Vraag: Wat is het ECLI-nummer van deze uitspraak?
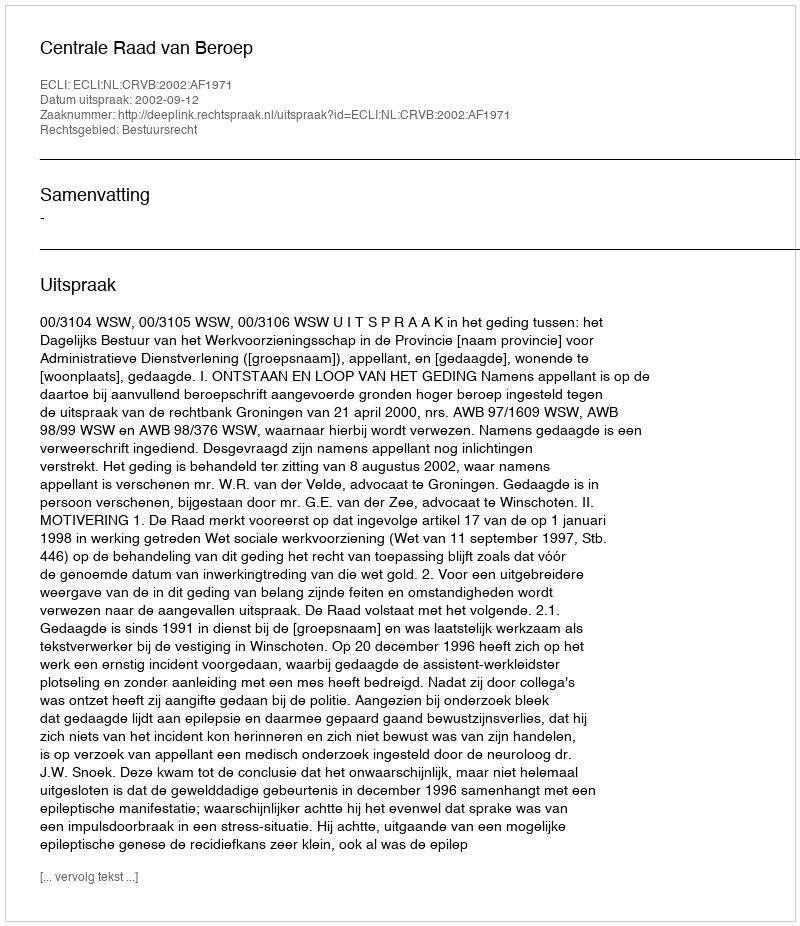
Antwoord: ECLI:NL:CRVB:2002:AF1971